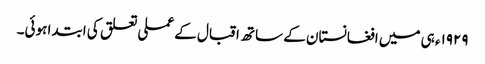
١٩٢٩ء ہی میں افغانستان کے ساتھ اقبال کے عملی تعلق کی ابتدا ہوئی۔